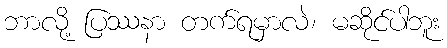
ဘာလို့ ပြဿနာ တက်ရမှာလဲ၊ မဆိုင်ပါဘူး